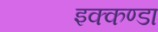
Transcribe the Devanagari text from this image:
इक्कण्डा